Indian journal of veterinary science and animal husbandry - Volumes 15-17, 1948-1951
Year: 1948
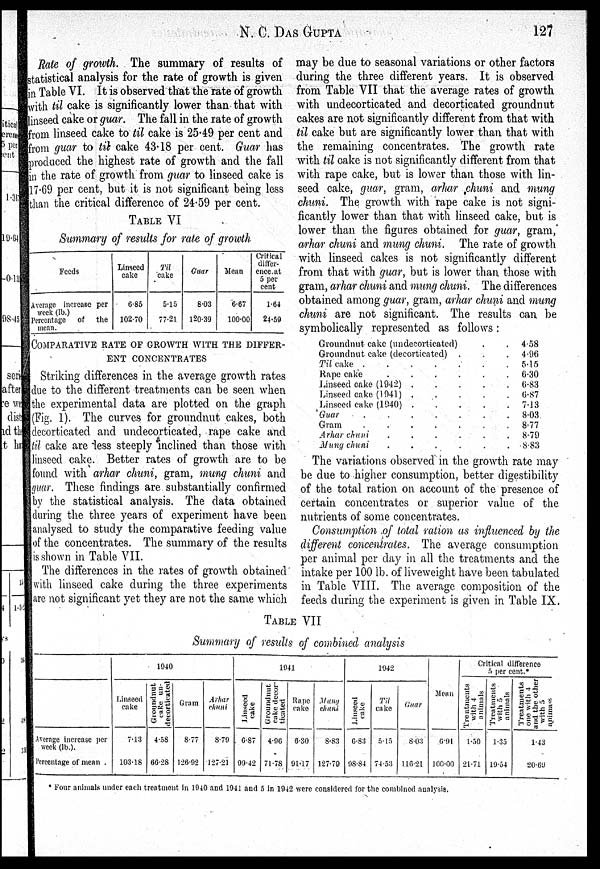
N. C.
DAS
GUPTA
127
Rate of growth. The summary of results of
statistical analysis for the rate of growth is given
in Table VI. It is observed that the rate of growth
with til cake is significantly lower than that with
linseed cake or guar. The fall in the rate of growth
from linseed cake to til cake is 25.49 per cent and
from guar to til cake 43.18 per cent. Guar has
produced the highest rate of growth and the fall
in the rate of growth from guar to linseed cake is
17.69 per cent, but it is not significant being less
than the critical difference of 24.59 per cent.
TABLE VI
Summary of results for rate of growth
Feeds
Average increase per
week (lb.)
Percentage of the
mean.
Linseed
cake
6.85
102.70
Til
cake
5.15
77.21
Guar
8.03
120.39
Mean
6.67
100.00
Critical
differ-
ence at
5 per
cent
1.64
24.59
COMPARATIVE RATE OF GROWTH WITH THE DIFFER-
--- CONCENTRATES
Striking differences in the average growth rates
due to the different treatments can be seen when
the experimental data are plotted on the graph
(Fig. 1). The curves for groundnut cakes, both
decorticated and undecorticated, rape cake and
til cake are less steeply inclined than those with
linseed cake. Better rates of growth are to be
found with arhar chuni, gram, mung chuni and
guar. These findings are substantially confirmed
by the statistical analysis. The data obtained
during the three years of experiment have been
analysed to study the comparative feeding value
of the concentrates. The summary of the results
is shown in Table VII.
The differences in the rates of growth obtained
with linseed cake during the three experiments
are not significant yet they are not the same which
may be due to seasonal variations or other factors
during the three different years. It is observed
from Table VII that the average rates of growth
with undecorticated and decorticated groundnut
cakes are not significantly different from that with
til cake but are significantly lower than that with
the remaining concentrates. The growth rate
with til cake is not significantly different from that
with rape cake, but is lower than those with lin-
seed cake, guar, gram, arhar chuni and mung
chuni. The growth with rape cake is not signi-
ficantly lower than that with linseed cake, but is
lower than the figures obtained for guar, gram,
arhar chuni and mung chuni. The rate of growth
with linseed cakes is not significantly different
from that with guar, but is lower than those with
gram, arhar chuni and mung chuni. The differences
obtained among guar, gram, arhar chuni and mung
chuni are not significant. The results can be
symbolically represented as follows:
Groundnut cake (undecorticated) . .
Groundnut cake (decorticated) . . .
Til
cake . . . . . . . . . . . .
Rape cake
.
.
.
.
.
. . . . .
Linseed cake (1942)
.
.
.
.
.
.
Linseed cake (1941) . . . . . .
Linseed cake (1940)
.
.
.
.
.
.
Guar
.
.
.
.
.
.
.
Gram
.
.
.
.
.
.
.
Arhar chuni
.
.
.
.
.
.
Mung chuni
.
.
.
.
.
.
4.58
4.96
5.15
6.30
6.83
6.87
7.13
8.03
8.77
8.79
8.83
The variations observed in the growth rate may
be due to higher consumption, better digestibility
of the total ration on account of the presence of
certain concentrates or superior value of the
nutrients of some concentrates.
Consumption of total ration as influenced by the
different concentrates. The average consumption
per animal per day in all the treatments and the
intake per 100 lb. of liveweight have been tabulated
in Table VIII. The average composition of the
feeds during the experiment is given in Table IX.
TABLE VII
Summary of results of combined analysis
Average increase per
week (lb.).
Percentage of mean .
1940
Unseed
cake
7.13
103.18
Groundnut
cake un-
decorticated
4.58
66.28
Gram
8.77
126.92
Arhar
chuni
8.79
127.21
1941
Mainseed cake
6.87
99.42
Groundnut
cake decor-
ticated
4.96
71.78
Rape
cake
6.30
91.17
Mung
chuni
8.83
127.79
1942
Linseed
cake
6.83
98.84
Til
cake
5.15
74.53
Guar
8.03
116.21
Mean
6.91
100.00
Critical difference
5 per cent.*
Treatments
with 4
animals
1.50
21.71
Treatments
with 5
animals
1.35
19.54
Treatments
one with 4
and the other
with 5
1.43
20.69
* Four animals under each treatment in 1940 and 1941 and 5 in 1942 were considered for the combined analysis.